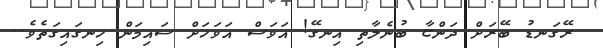
ރޭގަނޑު ބޭރަށް ދަންޏާ ބުނެލާތި އިނގޭ! އަވަސް އަވަހަށް ސައިމަން ހިނގައިގަތެވެ..